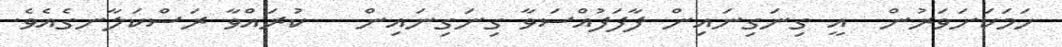
ހަމަކަށަވަރުން  އީ ގިނަގިނައިން ފާފަފުއްސަވާ ގިނަގިނައިން   ކުރައްވާ ރަސްކަލާނގެއެވެ.